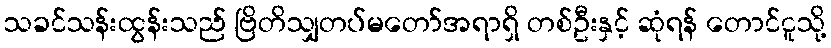
သခင်သန်းထွန်းသည် ဗြိတိသျှတပ်မတော်အရာရှိ တစ်ဦးနှင့် ဆုံရန် တောင်ငူသို့